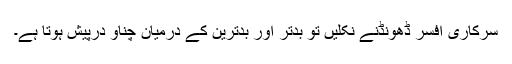
سرکاری افسر ڈھونڈنے نکلیں تو بدتر اور بدترین کے درمیان چناؤ درپیش ہوتا ہے۔